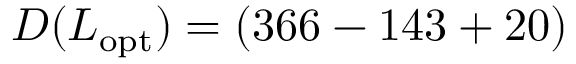
D ( L _ { \mathrm { o p t } } ) = ( 3 6 6 - 1 4 3 + 2 0 )